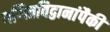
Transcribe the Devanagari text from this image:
गणितविद्वानांपैकी